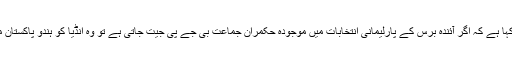
اس مرتبہ انھوں نے کہا ہے کہ اگر آئندہ برس کے پارلیمانی انتخابات میں موجودہ حکمران جماعت بی جے پی جیت جاتی ہے تو وہ انڈیا کو ہندو پاکستان میں تبدیل کر دے گی۔